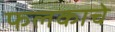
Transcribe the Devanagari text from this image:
फलकाचे